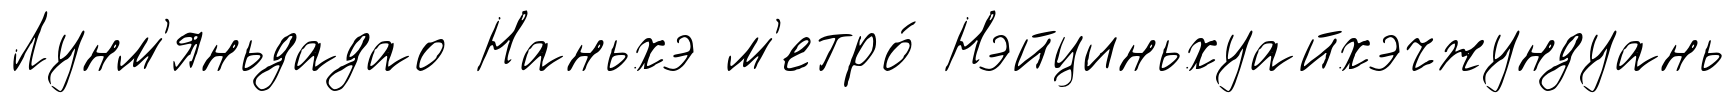
Лунм'яньдадао Наньхэ м'етро́ Нэйциньхуайхэчжундуань